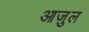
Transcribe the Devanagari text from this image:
आज़ुल